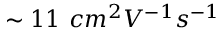
\sim 1 1 \ c m ^ { 2 } V ^ { - 1 } s ^ { - 1 }